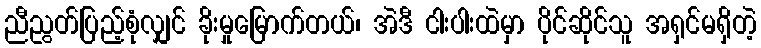
ညီညွတ်ပြည့်စုံလျှင် ခိုးမှုမြောက်တယ်၊ အဲဒီ ငါးပါးထဲမှာ ပိုင်ဆိုင်သူ အရှင်မရှိတဲ့